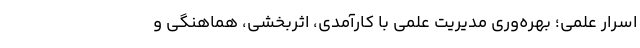
اسرار علمی؛ بهره­وریِ مدیریت علمی با کارآمدی، اثربخشی، هماهنگی و